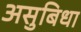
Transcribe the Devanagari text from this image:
असुबिधा